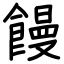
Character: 饅